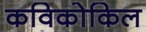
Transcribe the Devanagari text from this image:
कविकोकिल